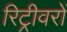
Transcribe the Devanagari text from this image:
रिट्रीवरों